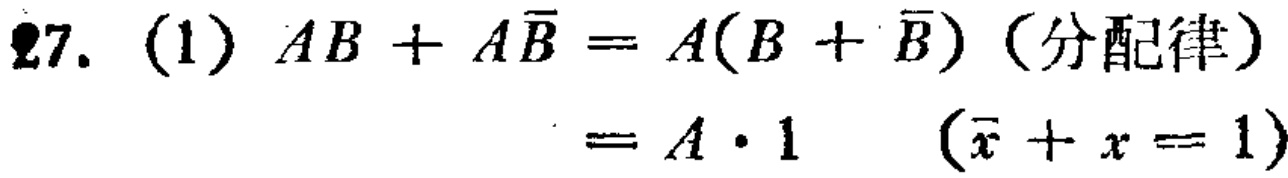
\(27. (1) AB + A\overline{B}=A(B + \overline{B})\)（分配律）

\(=A\cdot1\) （\(\overline{x}+x = 1\)）